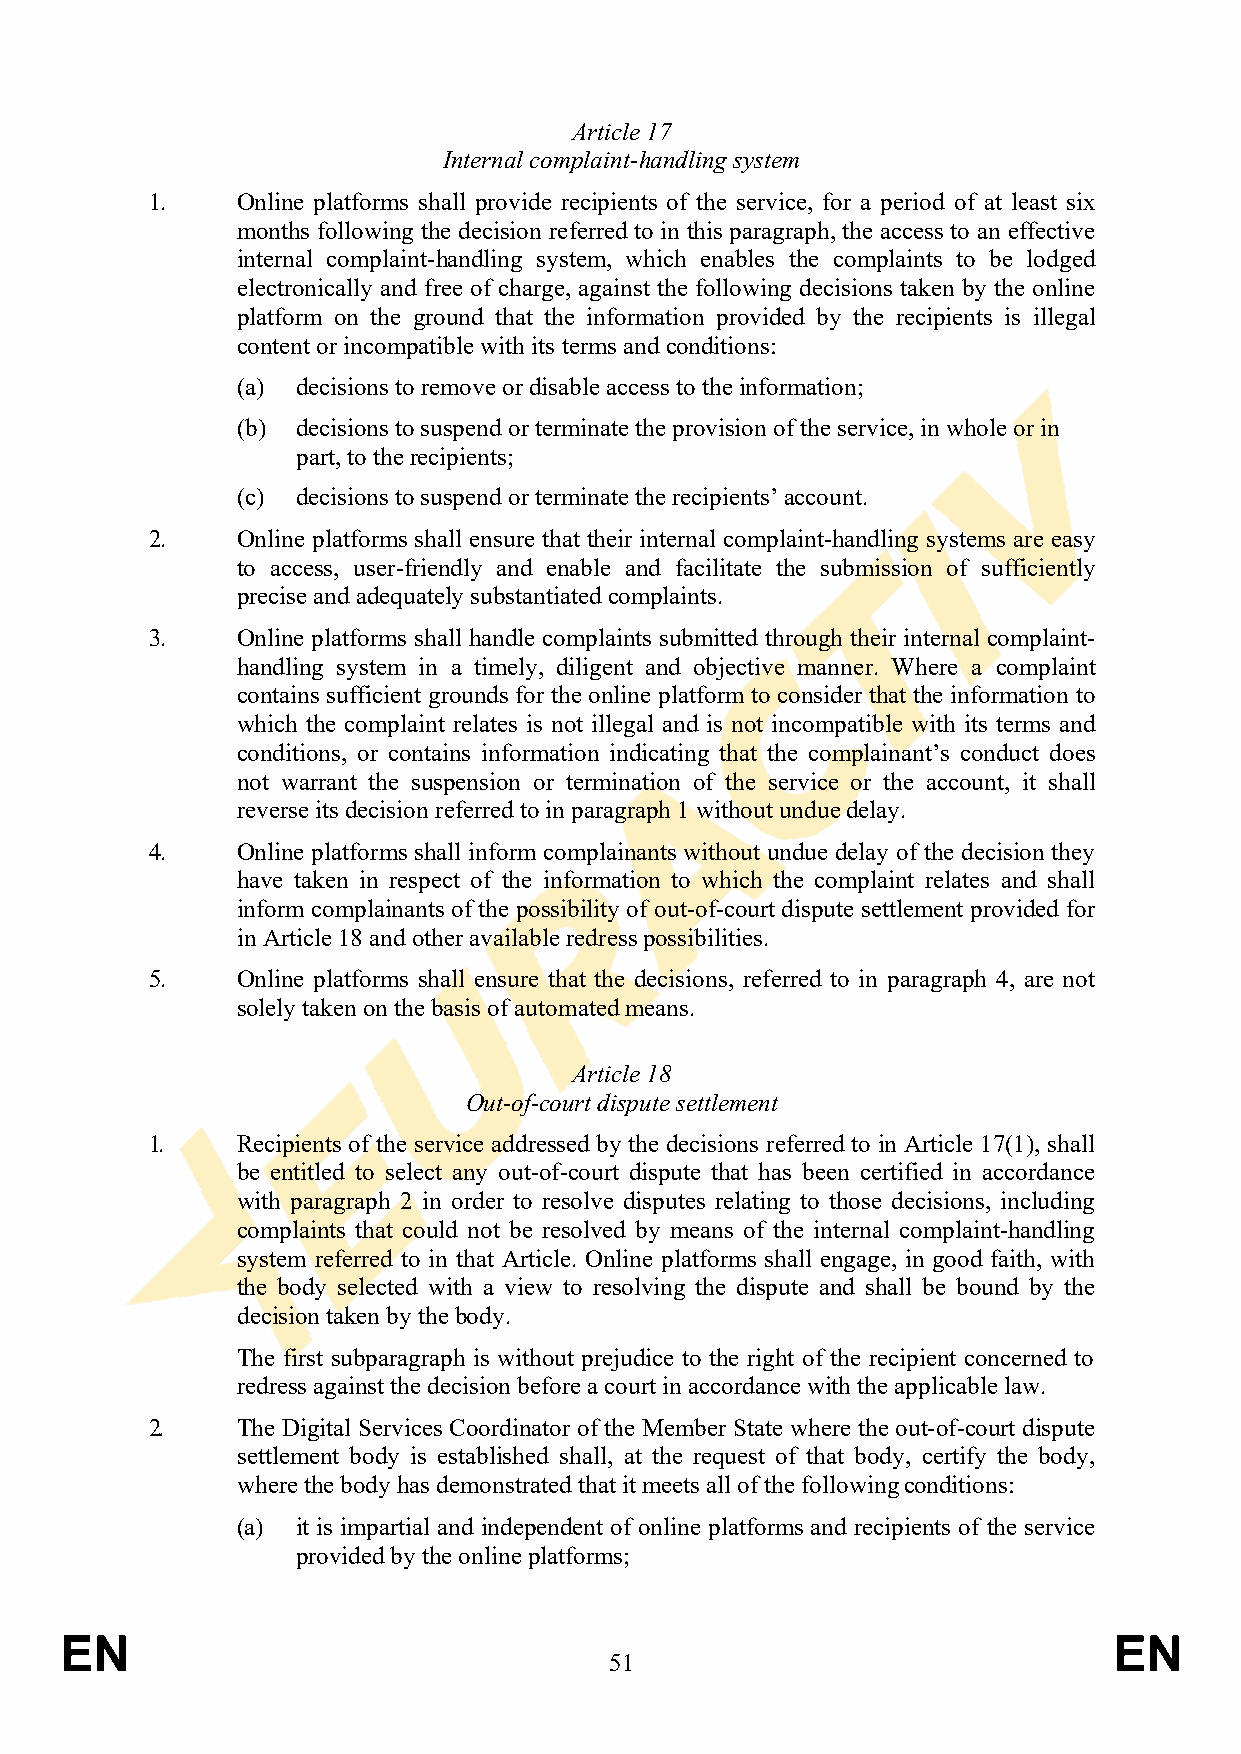
Article 17
 Internal complaint-handling system
 1.    Online platforms shall provide recipients of the service, for a period of at least six
 months following the decision referred to in this paragraph, the access to an effective
 internal complaint-handling system, which enables the complaints to be lodged
 electronically and free of charge, against the following decisions taken by the online
 platform on the ground that the information provided by the recipients is illegal
 content or incompatible with its terms and conditions:
 (a) decisions to remove or disable access to the information;
 (b) decisions to suspend or terminate the provision of the service, in whole or in
 part, to the recipients;
 (c) decisions to suspend or terminate the recipients’ account.
 2.    Online platforms shall ensure that their internal complaint-handling systems are easy
 to access, user-friendly and enable and facilitate the submission of sufficiently
 precise and adequately substantiated complaints.
 3.    Online platforms shall handle complaints submitted through their internal complaint-
 handling system in a timely, diligent and objective manner. Where a complaint
 contains sufficient grounds for the online platform to consider that the information to
 which the complaint relates is not illegal and is not incompatible with its terms and
 conditions, or contains information indicating that the complainant’s conduct does
 not warrant the suspension or termination of the service or the account, it shall
 reverse its decision referred to in paragraph 1 without undue delay.
 4.    Online platforms shall inform complainants without undue delay of the decision they
 have taken in respect of the information to which the complaint relates and shall
 inform complainants of the possibility of out-of-court dispute settlement provided for
 in Article 18 and other available redress possibilities.
 5.    Online platforms shall ensure that the decisions, referred to in paragraph 4, are not
 solely taken on the basis of automated means.
 Article 18
 Out-of-court dispute settlement
 1.    Recipients of the service addressed by the decisions referred to in Article 17(1), shall
 be entitled to select any out-of-court dispute that has been certified in accordance
 with paragraph 2 in order to resolve disputes relating to those decisions, including
 complaints that could not be resolved by means of the internal complaint-handling
 system referred to in that Article. Online platforms shall engage, in good faith, with
 the body selected with a view to resolving the dispute and shall be bound by the
 decision taken by the body.
 The first subparagraph is without prejudice to the right of the recipient concerned to
 redress against the decision before a court in accordance with the applicable law.
 2.    The Digital Services Coordinator of the Member State where the out-of-court dispute
 settlement body is established shall, at the request of that body, certify the body,
 where the body has demonstrated that it meets all of the following conditions:
 (a) it is impartial and independent of online platforms and recipients of the service
 provided by the online platforms;
 EN                                                                    EN
 51